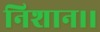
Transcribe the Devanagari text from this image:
निशान।।